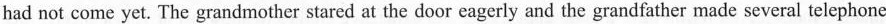
had not come yet. The grandmother stared at the door eagerly and the grandfather made several telephone